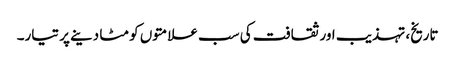
تاریخ، تہذیب اور ثقافت کی سب علامتوں کو مٹا دینے پر تیار۔